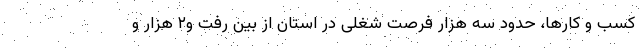
کسب و کارها، حدود سه هزار فرصت شغلی در استان از بین رفت و۲ هزار و